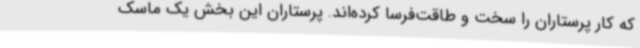
که کار پرستاران را سخت و طاقت‌فرسا کرده‌اند. پرستاران این بخش یک ماسک